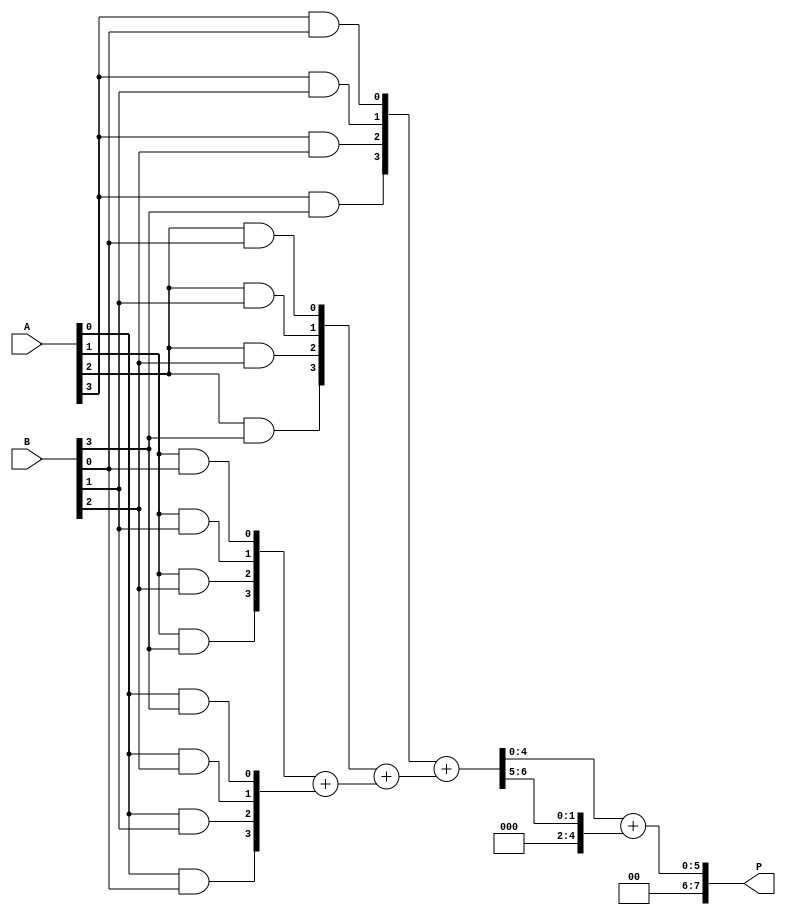
module WallaceTreeMultiplier #(parameter N = 4) (
    input [N-1:0] A,
    input [N-1:0] B,
    output reg [2*N-1:0] P
);

// Partial product generation
wire [N-1:0] pp [N-1:0]; // Partial products
genvar i, j;
generate
    for (i = 0; i < N; i = i + 1) begin : pp_gen
        for (j = 0; j < N; j = j + 1) begin : pp_and
            assign pp[i][j] = A[i] & B[j];
        end
    end
endgenerate

// Wallace tree reduction
wire [N:0] sum [N:0]; // Sums from adders
wire [N:0] carry [N:0]; // Carries from adders

// Stage 1: Combine partial products using half and full adders
generate
    for (i = 0; i < N; i = i + 1) begin : stage1
        if (i == 0) begin
            assign sum[i] = {1'b0, pp[i][0], pp[i][1], pp[i][2], pp[i][3]};
            assign carry[i] = 0;
        end else begin
            assign {carry[i], sum[i]} = pp[i] + {carry[i-1], sum[i-1]};
        end
    end
endgenerate

// Stage 2: Further reduction
wire [N:0] final_sum;
wire [N:0] final_carry;

assign {final_carry, final_sum} = sum[N-1] + carry[N-1];

// Final product assembly
always @(*) begin
    P = {final_carry, final_sum};
end

endmodule